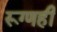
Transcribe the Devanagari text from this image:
रूग्णही